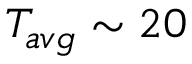
T _ { a v g } \sim 2 0